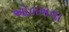
ઓલખવા